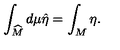
\int _ { \widehat { M } } d \mu \hat { \eta } = \int _ { M } \eta .